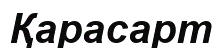
Қарасарт